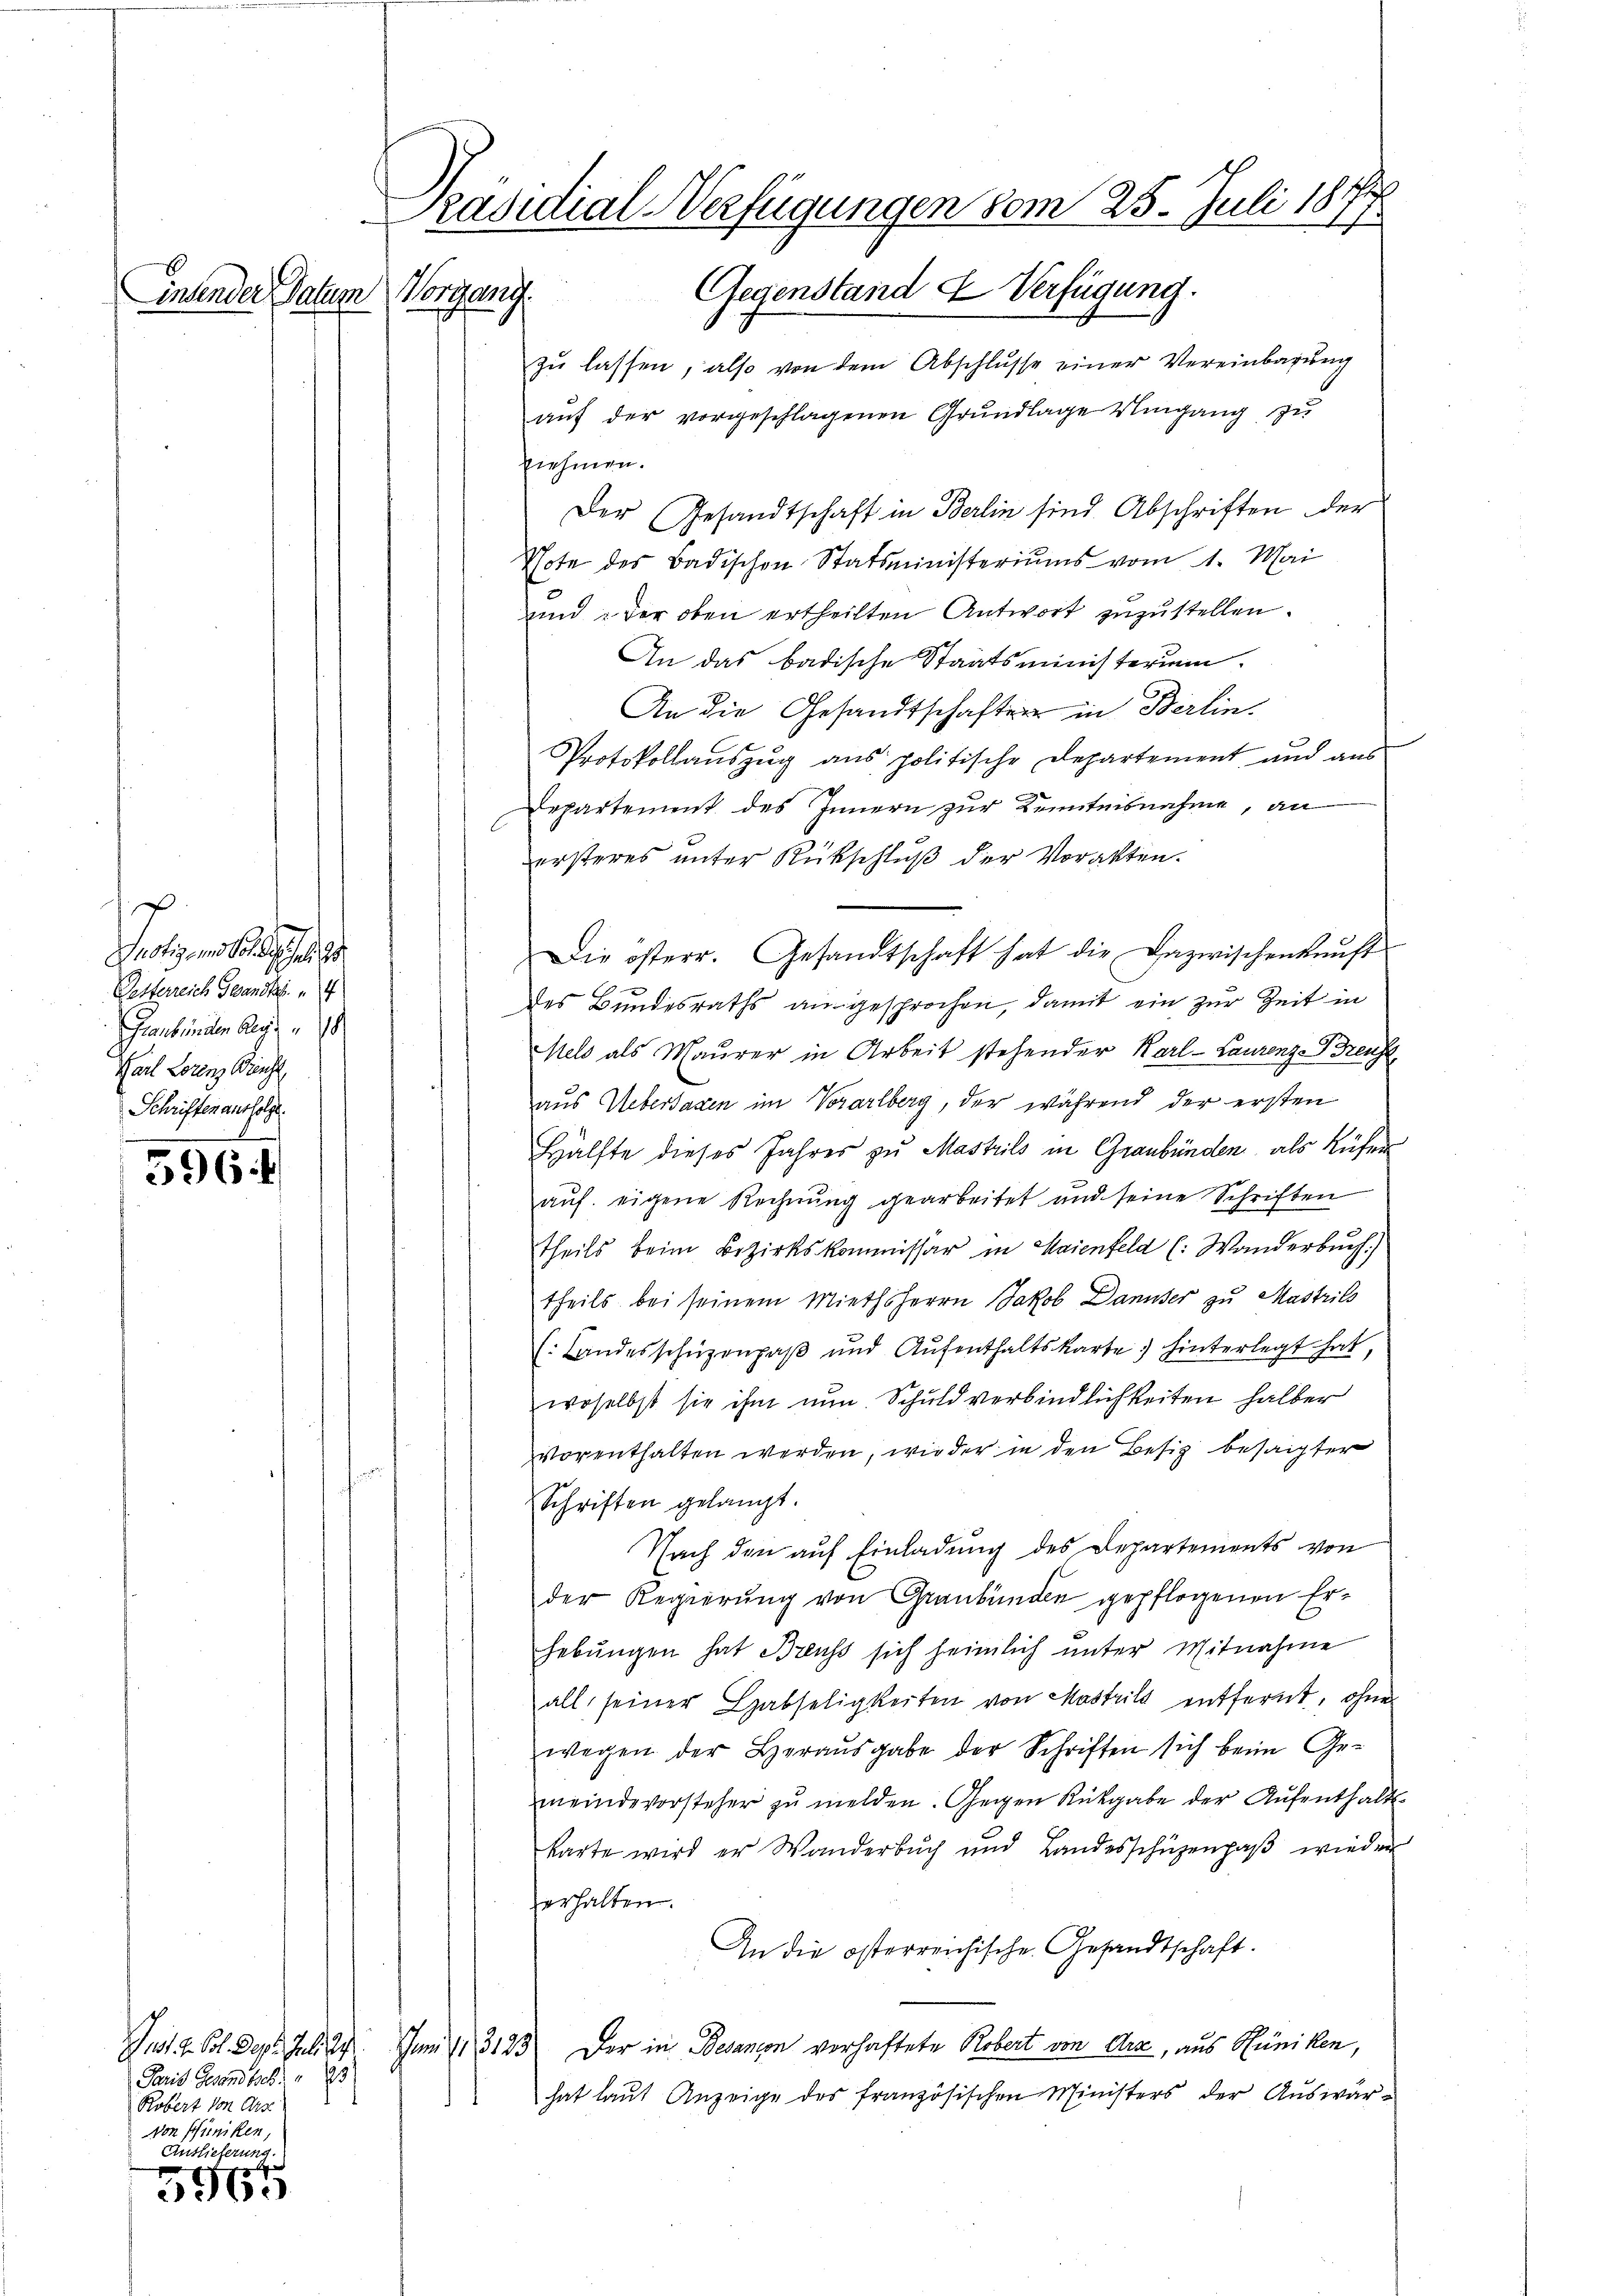
insender Datum

596

5965

Potizen lasse
Gesterreich Gesandte
Graubünden Gegen
Karl Lorenz Braucht
Schriften ausfolge.

Paris Gesandte
Robert von Arse
von Pfuiken,
islicherung.

Präsidial-Verfügungen vom 25. Juli 1874
Vorgang. Gegenstand & Verfügung.

zŭ lassen, also von dem Abschlusse einer Vereinbarung
aŭf der vorgeschlagenen Grŭndlage Umgang zŭ
nnehmen.
Der Gesandtschaft in Berlin sind. Abschriften der
Thote des Badischen Statsministeriums vom 1. Mai
und der oben ertheilten Antwort zuzustellen.
An das badische Staatsministerium.
An die Gesandtschaften in Berlin-
Protokollauszug aus politische Departement und aus
Departement des Innern zur Kenntnisnahme, an
ersteres unter Rückschluß der Vorakten.
Die österr. Gesandtschaft hat die Dazwischenkunft
des Bundesraths an gesprochen, damit ein zur Zeit in
Meld als Maurer in Arbeit stehender Karl-Laurenze Brenntaus Uebersagen im Vorarlberg, der während der ersten
Hälfte dieses Jahres zu Mastrils in Graubünden als Küfer
auf eigene Rechnung gearbeitet und seine Schriften
theils beim Bezirkskommissär in Maienfeld (: Wanderbuch)
theils bei seinem Miethsherrn Jakob Danuser zu Mastrils
(Landesschüzenpaβ und Aŭfenthaltskarte hinterlegt hat,
woselbst sie ihm nun. Schuld verbindlichkeiten halber
vorenthalten werden, wieder in den Besitz besagter
Schriften gelangt.
Nach den auf Einladung des Departements von
der Regierung von Graubünden gepflogenen Erhebungen hat Breuss sich heimlich unter Mitnahme
all, seiner Habseligkeiten von Mostrils entfernt, ohne
wegen der Heraŭsgabe der Schriften sich beim Ge-
meindevorsteher zŭ melden. Gegen Rückgabe der Aŭfenthalts-
karte wird er Wanderbuch und Landesschüzenpaβ wieder
verhalten.
An die österreichische Gesandtschaft.
Just z. Bol. Dez. Juli 29. Juni 13123. Der in Decanion verhaftete Robert von Arx, aus Hüniken,
hat laŭt Anzeige des französischen Ministers der Auswär¬